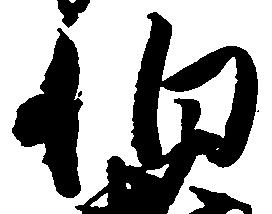
伯